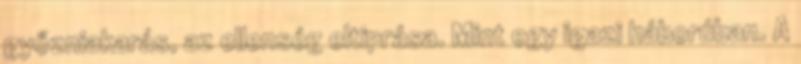
győzniakarás, az ellenség eltiprása. Mint egy igazi háborúban. A